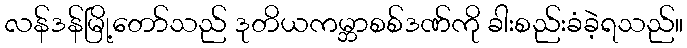
လန်ဒန်မြို့တော်သည် ဒုတိယကမ္ဘာစစ်ဒဏ်ကို ခါးစည်းခံခဲ့ရသည်။